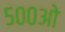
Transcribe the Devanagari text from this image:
५००ओ